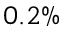
0 . 2 \%